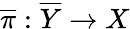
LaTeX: {\overline{{\pi}}}:{\overline{{Y}}}\to X